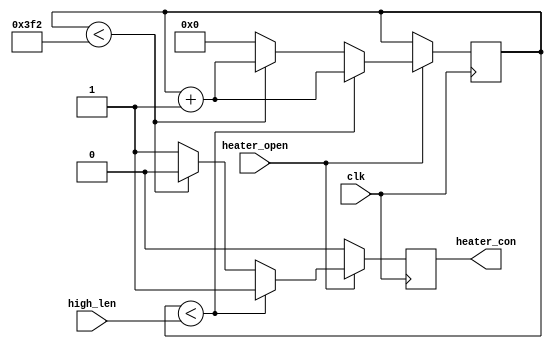
module heatercontrol(clk,heater_open,high_len,heater_con);
input clk;
input heater_open;
input signed[15:0]high_len;
output reg heater_con;    
reg [15:0]point_now;
always @(posedge clk)	
begin
   if(heater_open==1) 
      begin
	       if(point_now<high_len)
				begin
		        point_now<=point_now+16'd1;
		        heater_con<=1;
				end
	       else if(point_now<16'd1010)
		        begin
                 heater_con<=0;
				     point_now<=point_now+16'd1;
              end	    
		    else
	           begin
	              heater_con<=1;
				     point_now<=16'd0;
				  end
      end
	else				
	   begin
			heater_con<=0;
	   end
end

endmodule